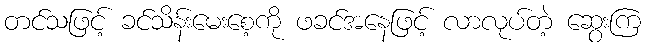
တင်သဖြင့် ခင်သိန်းမေးစေ့ကို ဖခင်အနေဖြင့် လာလုပ်တဲ့ ဆွေးကြ